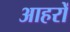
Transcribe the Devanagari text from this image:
आहरों